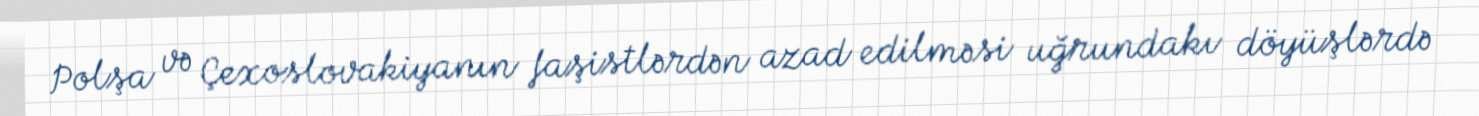
Polşa və Çexoslovakiyanın faşistlərdən azad edilməsi uğrundakı döyüşlərdə